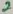
Text: 2